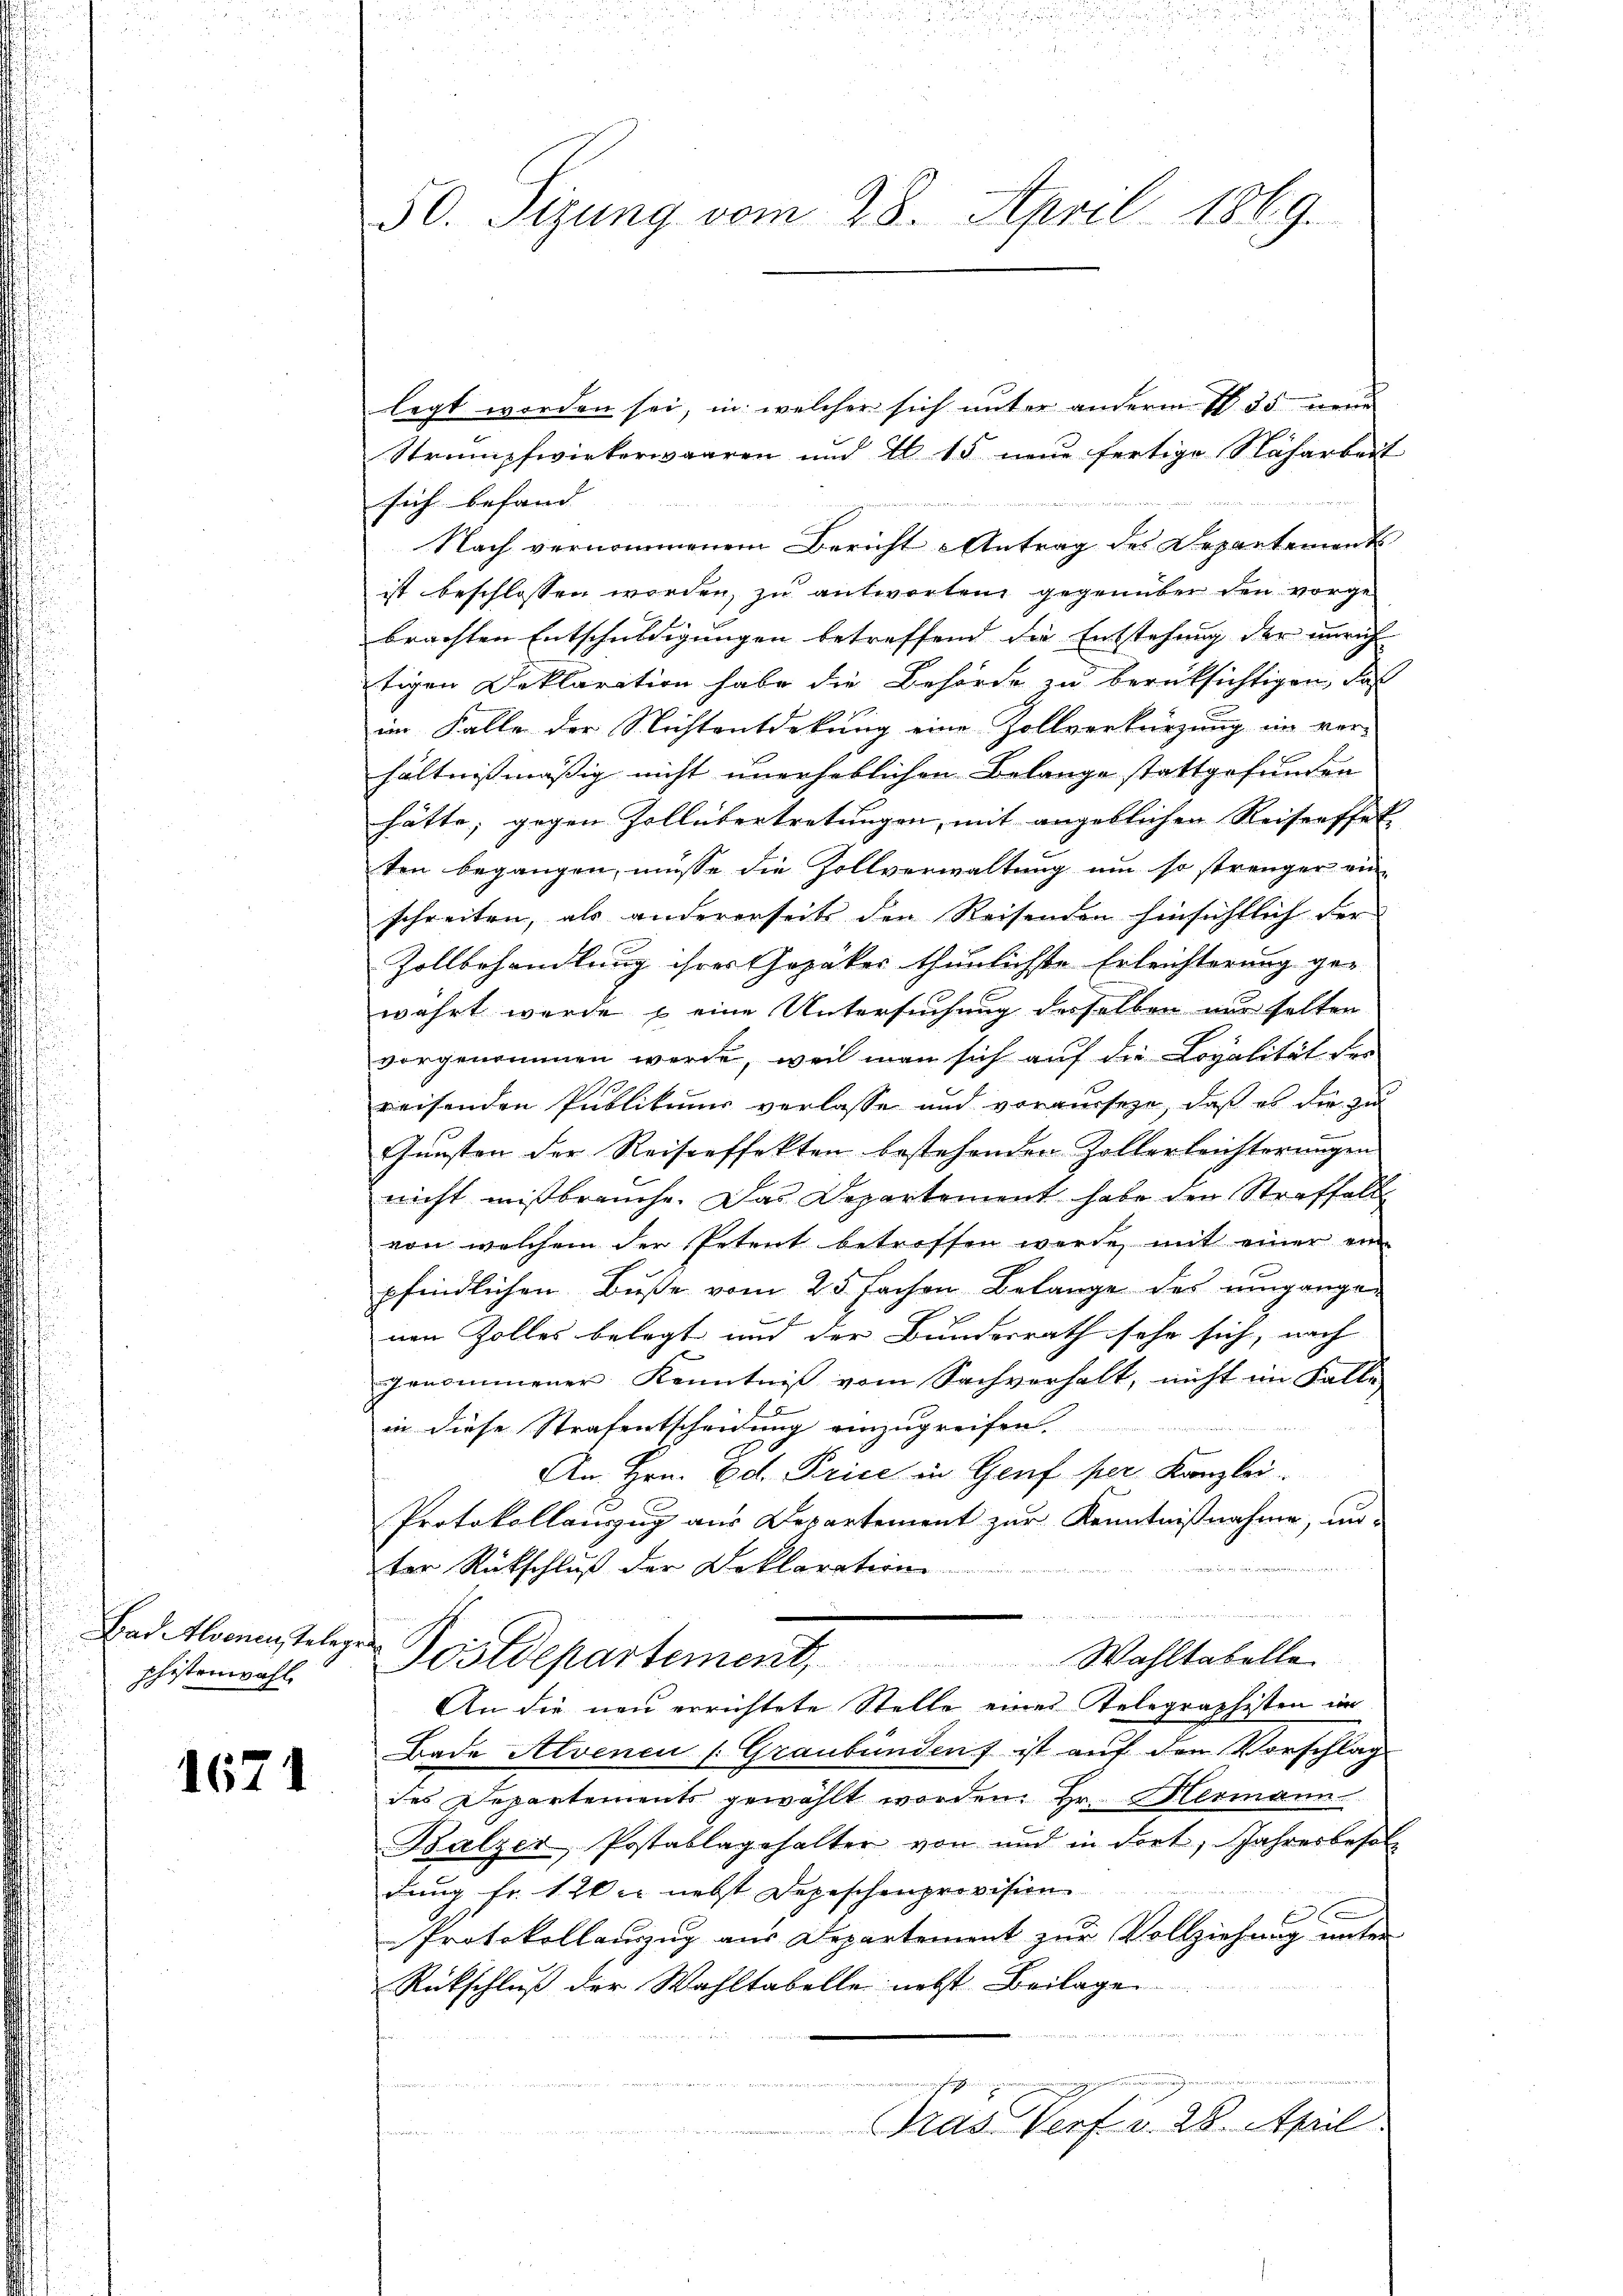
Bad Ilsenen, Telegen
shistenwahl

1671

50. Sizung vom 28. April 1869.

legt worden sei, in welcher sich unter anderm 135 neue
Strumpfwirkerwaaren und I 15 neue fertige Nacharbeit
sich befand
Nach vernommenem Bericht Antrag des Departements
ist beschlossen worden, zu antworten gegenüber den vorgebrachten Entschuldigungen betreffend die Entstehung der unrich
tigen Deklaration habe die Behörde zu berüksichtigen, daß
im Falle der Nichtentdekung eine Zollverkürzung in ver-
hältnismässig nicht unerheblichen Belange stattgefunden |
hätte, gegen Zollübertretungen, mit angeblichen Reisenffet
ten begangen, müsse die Zollverwaltung um so strenger ein
schreiten, als andererseits den Reisenden hinsichtlich der
Zollbehandlung ihres Gepäker thunlichste Erleichterung ger
wahrt wurde & eine Untersuchung derselben nur selten
vorgenommen werde, weil man sich auf die Lopalität der
reisenden Publikums verlasse und vorausseze, daß es die zu
Gunsten der Reiseeffekten bestehenden Zollerleichterungen
nicht mißbrauche. Das Departement habe den Straffall
von welchem der Petent betreffen werde, mit einer ein-
pfindlichen Buße vom 23 fachen Belange des umgangen
nen Zolles belegt und der Bundesrath sehr sich, nach
genommener Kenntniß vom Sachverhalt, nicht im Falle
l
in diese Strafentscheidung einzugreifen.
An Hrn. Ed. Price in Genf per Kanzlei
Protokollauszug aus Departement zur Kenntnißnahme, un-

ter Rückschluß der Doktoration
Postdepartement. Wahltabelle
An die neu errichtete Stelle eines Telegraphisten in
Bade Alvenen (Graubünden ist auf den Vorschlag
des Departements gewählt worden. Hr. Hermann
Balzer, Postablagehalter von und in dort, Jahresbesoldung fr. 120 nebst Depeschenprovision
Protokollauszug aus Departement zur Vollziehung unter
Rückschluß der Wahltabelle nebst Beilage
Tras Verf. v. 28. April.